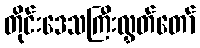
တိုင်းဒေသကြီးလွှတ်တော်